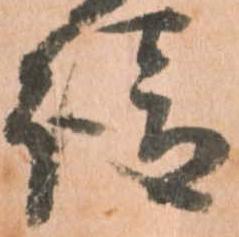
請